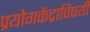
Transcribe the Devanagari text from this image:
प्रयोगकेंद्राविषयी